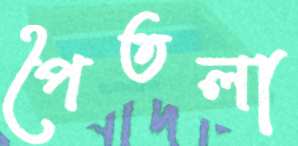
পৈতলা